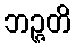
ဘဉ္ဇတိ